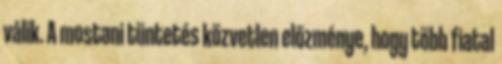
válik. A mostani tüntetés közvetlen előzménye, hogy több fiatal